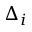
\Delta _ { i }